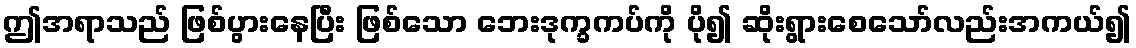
ဤအရာသည် ဖြစ်ပွားနေပြီး ဖြစ်သော ဘေးဒုက္ခကပ်ကို ပို၍ ဆိုးရွားစေသော်လည်းအကယ်၍